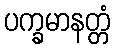
ပက္ခမာနတ္တံ